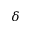
\delta